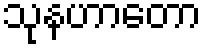
သုနဟာတော